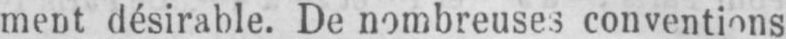
ment désirable. De nombreuses conventions